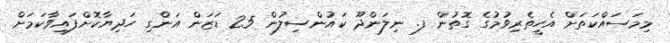
މިމަސައްކަތަށް އެހީތެރިވުމުގެ ގޮތުން ފ. ނިލަންދޫ ކައުންސިލުން 25 ޑަޒަން އަންގި ހަދިޔާކޮށްފައިވާކަމަށް